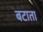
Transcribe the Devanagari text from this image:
बटाता